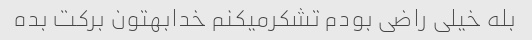
بله خیلی راضی بودم تشکرمیکنم خدابهتون برکت بده